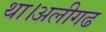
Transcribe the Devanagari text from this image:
था।अलीगढ